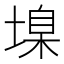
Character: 㙞